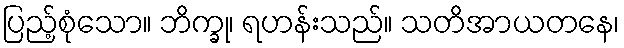
ပြည့်စုံသော။ ဘိက္ခု၊ ရဟန်းသည်။ သတိအာယတနေ၊